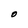
Character: O